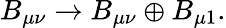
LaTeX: B_{\mu\nu}\to B_{\mu\nu}\oplus B_{\mu 1}.